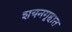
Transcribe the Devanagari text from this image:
शयनगृहात